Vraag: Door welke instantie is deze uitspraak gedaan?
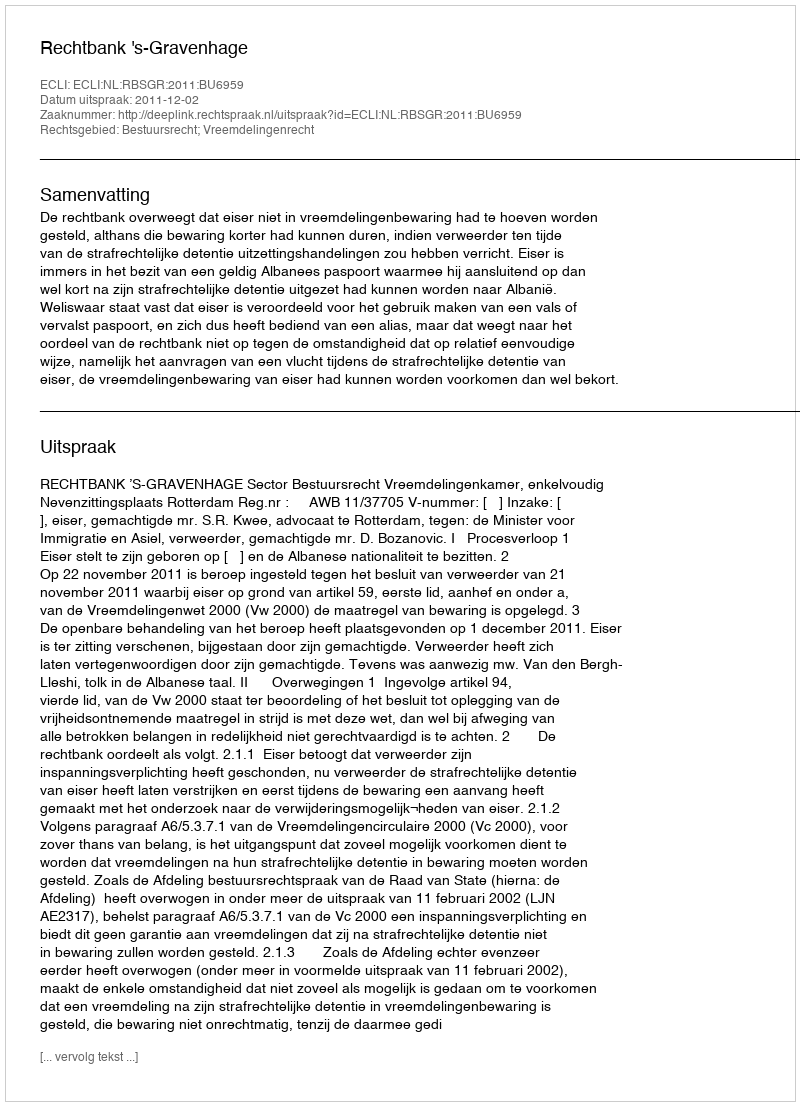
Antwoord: Rechtbank 's-Gravenhage